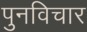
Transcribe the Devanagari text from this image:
पुनविचार